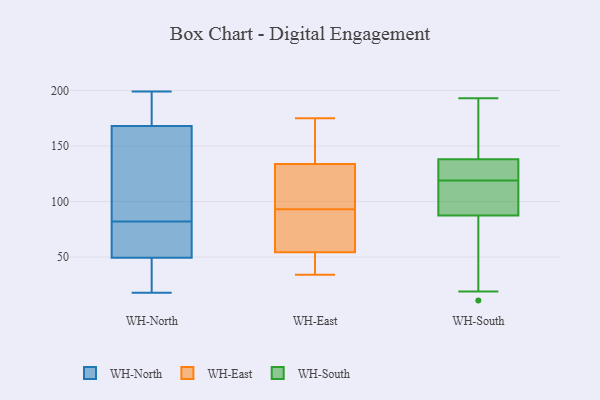
{"axis": {"x": "Production Output", "y": "Value"}, "legend": ["WH-East", "WH-North", "WH-South"], "data": [{"x": "", "y": 105, "type": "WH-North"}, {"x": "", "y": 18, "type": "WH-North"}, {"x": "", "y": 165, "type": "WH-North"}, {"x": "", "y": 36, "type": "WH-North"}, {"x": "", "y": 60, "type": "WH-North"}, {"x": "", "y": 53, "type": "WH-North"}, {"x": "", "y": 184, "type": "WH-North"}, {"x": "", "y": 86, "type": "WH-North"}, {"x": "", "y": 71, "type": "WH-North"}, {"x": "", "y": 18, "type": "WH-North"}, {"x": "", "y": 77, "type": "WH-North"}, {"x": "", "y": 181, "type": "WH-North"}, {"x": "", "y": 29, "type": "WH-North"}, {"x": "", "y": 88, "type": "WH-North"}, {"x": "", "y": 169, "type": "WH-North"}, {"x": "", "y": 199, "type": "WH-North"}, {"x": "", "y": 168, "type": "WH-North"}, {"x": "", "y": 78, "type": "WH-North"}, {"x": "", "y": 46, "type": "WH-North"}, {"x": "", "y": 168, "type": "WH-North"}, {"x": "", "y": 135, "type": "WH-East"}, {"x": "", "y": 40, "type": "WH-East"}, {"x": "", "y": 123, "type": "WH-East"}, {"x": "", "y": 166, "type": "WH-East"}, {"x": "", "y": 85, "type": "WH-East"}, {"x": "", "y": 93, "type": "WH-East"}, {"x": "", "y": 73, "type": "WH-East"}, {"x": "", "y": 34, "type": "WH-East"}, {"x": "", "y": 130, "type": "WH-East"}, {"x": "", "y": 175, "type": "WH-East"}, {"x": "", "y": 48, "type": "WH-East"}, {"x": "", "y": 158, "type": "WH-South"}, {"x": "", "y": 118, "type": "WH-South"}, {"x": "", "y": 49, "type": "WH-South"}, {"x": "", "y": 193, "type": "WH-South"}, {"x": "", "y": 96, "type": "WH-South"}, {"x": "", "y": 139, "type": "WH-South"}, {"x": "", "y": 134, "type": "WH-South"}, {"x": "", "y": 86, "type": "WH-South"}, {"x": "", "y": 120, "type": "WH-South"}, {"x": "", "y": 118, "type": "WH-South"}, {"x": "", "y": 30, "type": "WH-South"}, {"x": "", "y": 121, "type": "WH-South"}, {"x": "", "y": 112, "type": "WH-South"}, {"x": "", "y": 89, "type": "WH-South"}, {"x": "", "y": 171, "type": "WH-South"}, {"x": "", "y": 19, "type": "WH-South"}, {"x": "", "y": 157, "type": "WH-South"}, {"x": "", "y": 123, "type": "WH-South"}, {"x": "", "y": 137, "type": "WH-South"}, {"x": "", "y": 11, "type": "WH-South"}]}